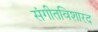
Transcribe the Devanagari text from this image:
संगीतविशारद